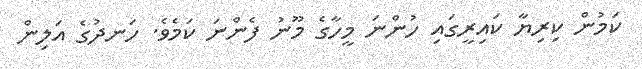
ކަމުން ކިރިޔާ ކައިރީގައި ހުންނަ މީހާގެ މޫނު ފެންނަ ކަމެވެ. ހަނދުގެ އަލިން